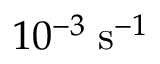
1 0 ^ { - 3 } \; \mathrm { s } ^ { - 1 }